Civil Veterinary Department. Central Provinces & Berar 1932-41 - 1932-1941
Year: 1932
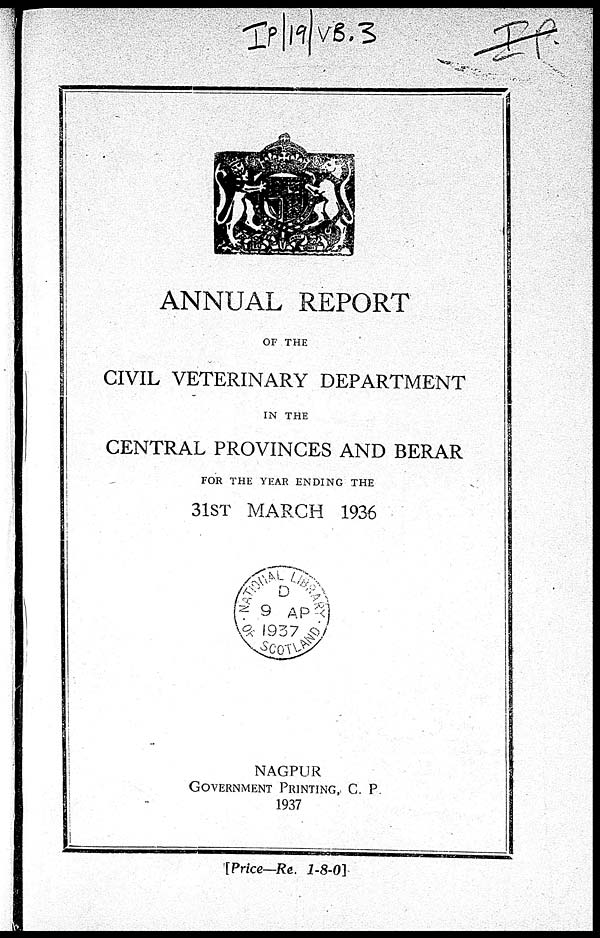
ANNUAL REPORT
OF THE
CIVIL VETERINARY DEPARTMENT
IN THE
CENTRAL PROVINCES AND BERAR
FOR THE YEAR ENDING THE
31ST MARCH 1936
NAGPUR
GOVERNMENT PRINTING, C. P
1937
[Price—Re. 1-8-0]